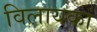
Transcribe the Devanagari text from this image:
विलायकां